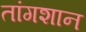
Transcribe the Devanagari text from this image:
तांगशान